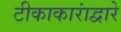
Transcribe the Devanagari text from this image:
टीकाकारांद्वारे